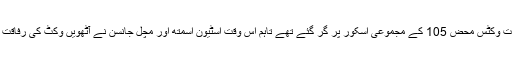
ایک موقع پر اس کے سات وکٹس محض 105 کے مجموعی اسکور پر گر گئے تھے تاہم اس وقت اسٹیون اسمتھ اور مچل جانسن نے آٹھویں وکٹ کی رفاقت کیلئے 65 رنز جوڑے ۔